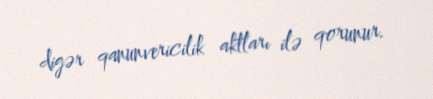
digər qanunvericilik aktları ilə qorunur.